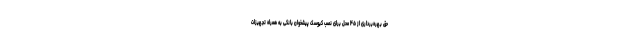
حق بهره‌برداری از ۴۵ محل برای نصب کیوسک پیشخوان بانکی به همراه تجهیزات